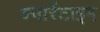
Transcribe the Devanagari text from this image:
क्वारेंटाइन